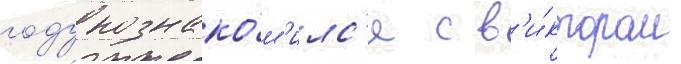
году познако́м'илс'я с в'и́ктором